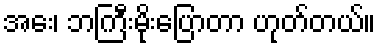
အေး၊ ဘကြီးမိုးပြောတာ ဟုတ်တယ်။